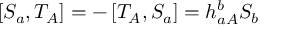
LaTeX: \left[ S _ { a } , T _ { A } \right] = - \left[ T _ { A } , S _ { a } \right] = h _ { a A } ^ { b } S _ { b }